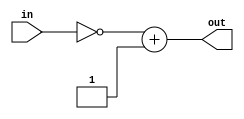
module negate #(parameter N=16)(in,out);
  input [N-1:0] in;
  output [N-1:0] out;
  assign out = ~in + 1;
endmodule